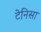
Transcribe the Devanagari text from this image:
टेनिसा